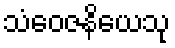
သံဝေဇနိယေသု